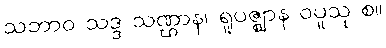
သဘာဝ သဒ္ဒ သဏ္ဌာန၊ ရူပဇ္ဈာန ဝပူသု စ။